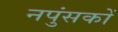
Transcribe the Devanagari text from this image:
नपुंसकों